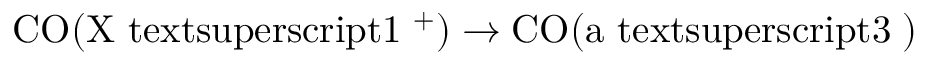
\mathrm { C O ( X \ t e x t s u p e r s c r i p t { 1 } \Sigma ^ { + } ) } \to \mathrm { C O ( a \ t e x t s u p e r s c r i p t { 3 } \Pi ) }